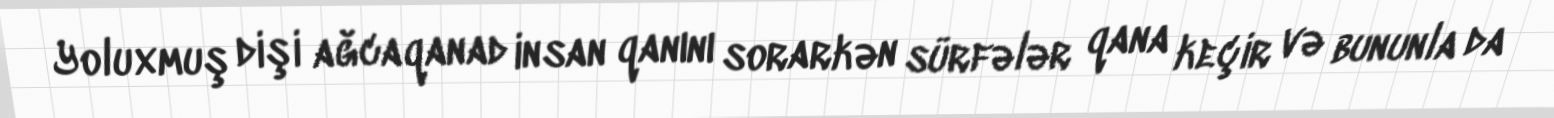
Yoluxmuş dişi ağcaqanad insan qanını sorarkən sürfələr qana keçir və bununla da